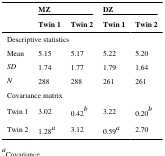
<table><thead><tr><td></td><td colspan="2"><b>MZ</b></td><td colspan="2"><b>DZ</b></td></tr><tr><td></td><td><b>Twin 1</b></td><td><b>Twin 2</b></td><td><b>Twin 1</b></td><td><b>Twin 2</b></td></tr></thead><tbody><tr><td colspan="5">Descriptive statistics</td></tr><tr><td>Mean</td><td>5.15</td><td>5.17</td><td>5.22</td><td>5.20</td></tr><tr><td><i>SD</i></td><td>1.74</td><td>1.77</td><td>1.79</td><td>1.64</td></tr><tr><td><i>N</i></td><td>288</td><td>288</td><td>261</td><td>261</td></tr><tr><td colspan="5">Covariance matrix</td></tr><tr><td>Twin 1</td><td>3.02</td><td>0.42<sup>b</sup></td><td>3.22</td><td>0.20<sup>b</sup></td></tr><tr><td>Twin 2</td><td>1.28<sup>a</sup></td><td>3.12</td><td>0.59<sup>a</sup></td><td>2.70</td></tr></tbody></table>